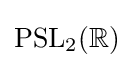
\operatorname {PSL} _{2}(\mathbb {R} )